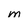
Character: m